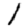
Digit: 1